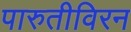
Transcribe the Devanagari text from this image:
पारुतीविरन